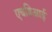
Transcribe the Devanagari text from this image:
एचडिआई